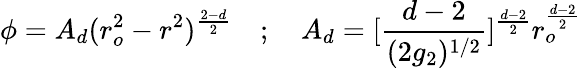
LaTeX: \phi=A_{d}(r_{o}^{2}-r^{2})^{\frac{2-d}{2}}~~~~;~~~~A_{d}=[\frac{d-2}{(2g_{2})^{1/2}}]^{\frac{d-2}{2}}r_{o}^{\frac{d-2}{2}}